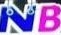
NB